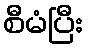
စီမံပြီး